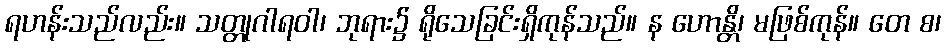
ရဟန်းသည်လည်း။ သတ္တုဂါရဝါ၊ ဘုရား၌ ရိုသေခြင်းရှိကုန်သည်။ န ဟောန္တိ၊ မဖြစ်ကုန်။ တေ စ၊